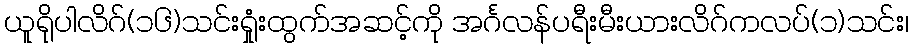
ယူရိုပါလိဂ်(၁၆)သင်းရှုံးထွက်အဆင့်ကို အင်္ဂလန်ပရီးမီးယားလိဂ်ကလပ်(၁)သင်း၊